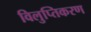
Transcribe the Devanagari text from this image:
विलुप्तिकरण